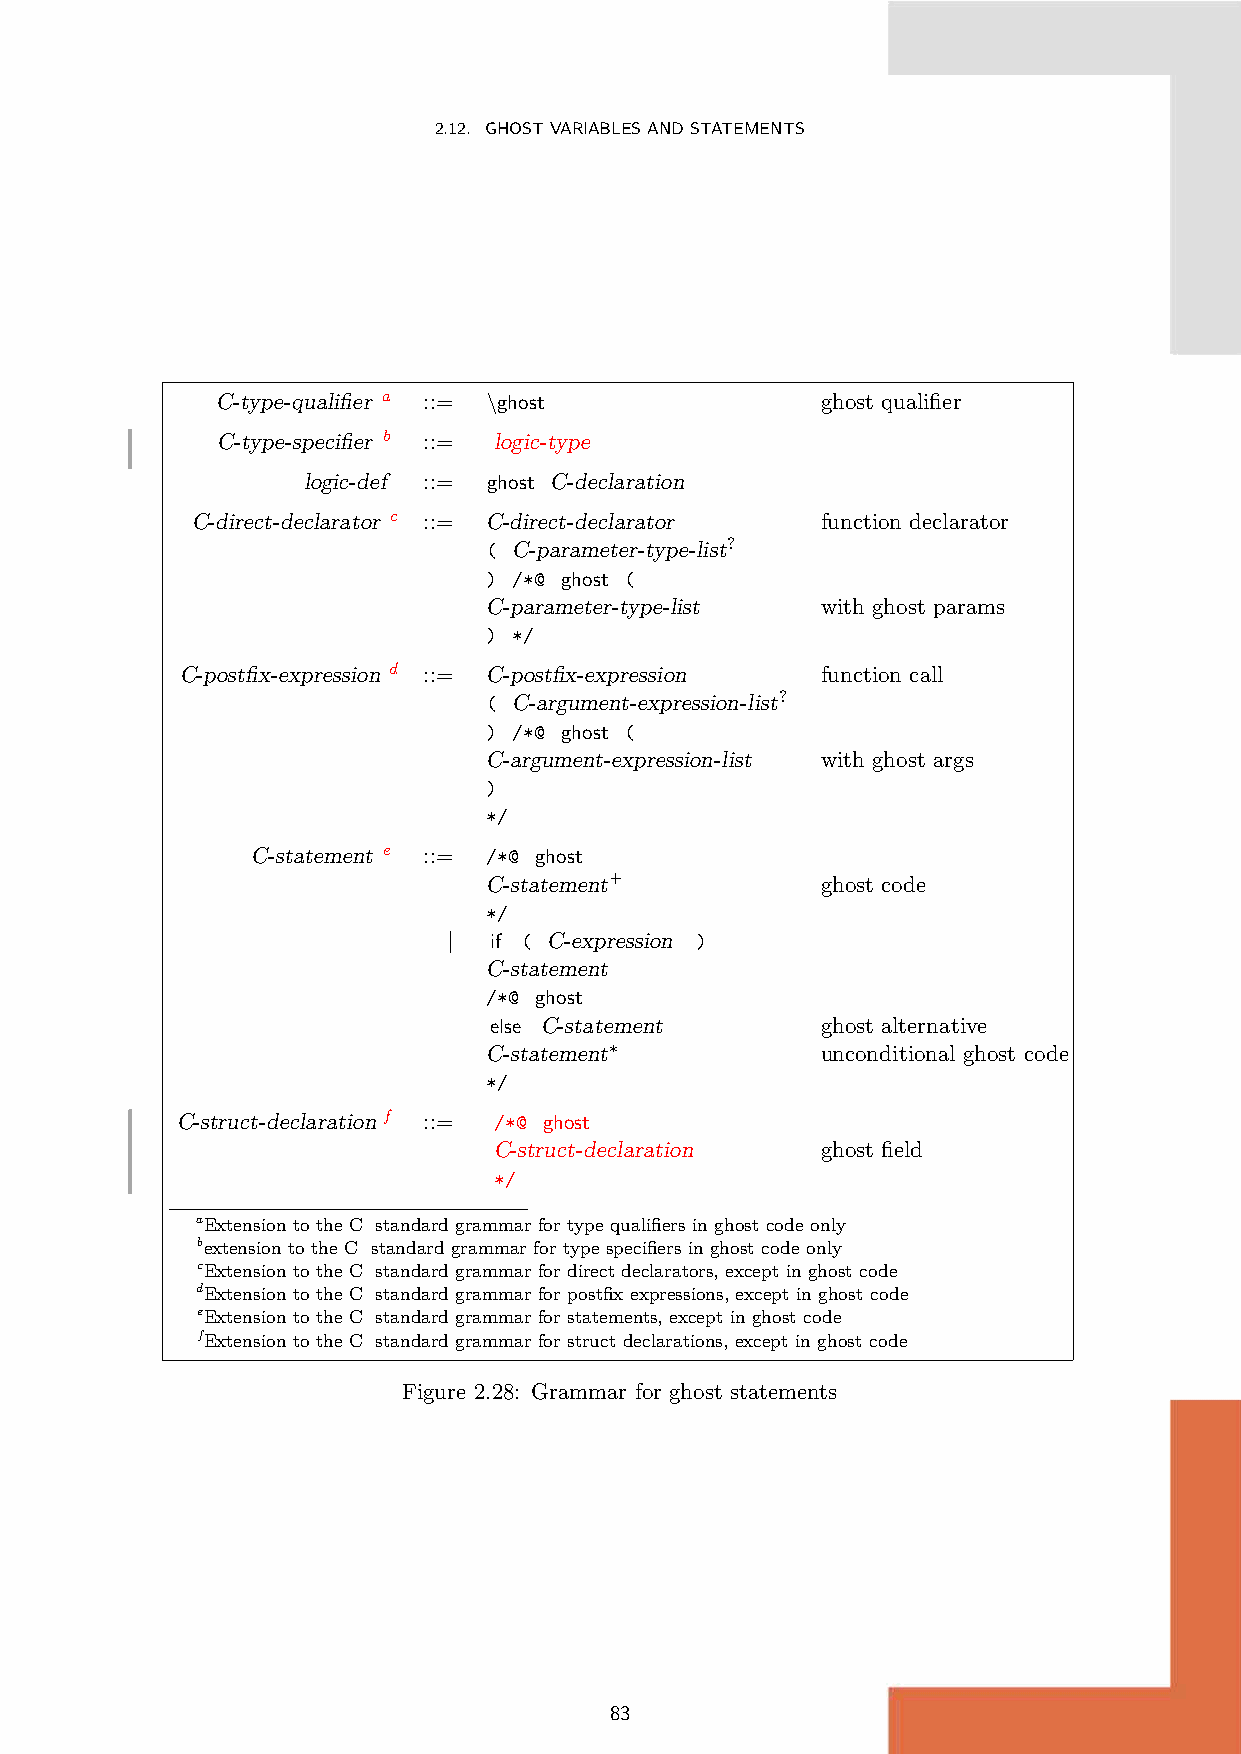
2.12. GHOSTVARIABLESANDSTATEMENTS
 C-type-qualifier a ::= \ghost           ghost qualifier
 C-type-specifier b ::= logic-type
 logic-def ::= ghost C-declaration
 C-direct-declarator c ::= C-direct-declarator function declarator
 ( C-parameter-type-list?
 ) /*@ ghost (
 C-parameter-type-list with ghost params
 ) */
 C-postfix-expression d ::= C-postfix-expression function call
 ( C-argument-expression-list?
 ) /*@ ghost (
 C-argument-expression-list with ghost args
 )
 */
 C-statement e ::= /*@ ghost
 C-statement+          ghost code
 */
 | if ( C-expression )
 C-statement
 /*@ ghost
 else C-statement      ghost alternative
 C-statement∗          unconditional ghost code
 */
 C-struct-declaration f ::= /*@ ghost
 C-struct-declaration ghost field
 */
 aExtension to the C standard grammar for type qualifiers in ghost code only
 bextension to the C standard grammar for type specifiers in ghost code only
 cExtension to the C standard grammar for direct declarators, except in ghost code
 dExtension to the C standard grammar for postfix expressions, except in ghost code
 eExtension to the C standard grammar for statements, except in ghost code
 fExtension to the C standard grammar for struct declarations, except in ghost code
 Figure 2.28: Grammar for ghost statements
 83